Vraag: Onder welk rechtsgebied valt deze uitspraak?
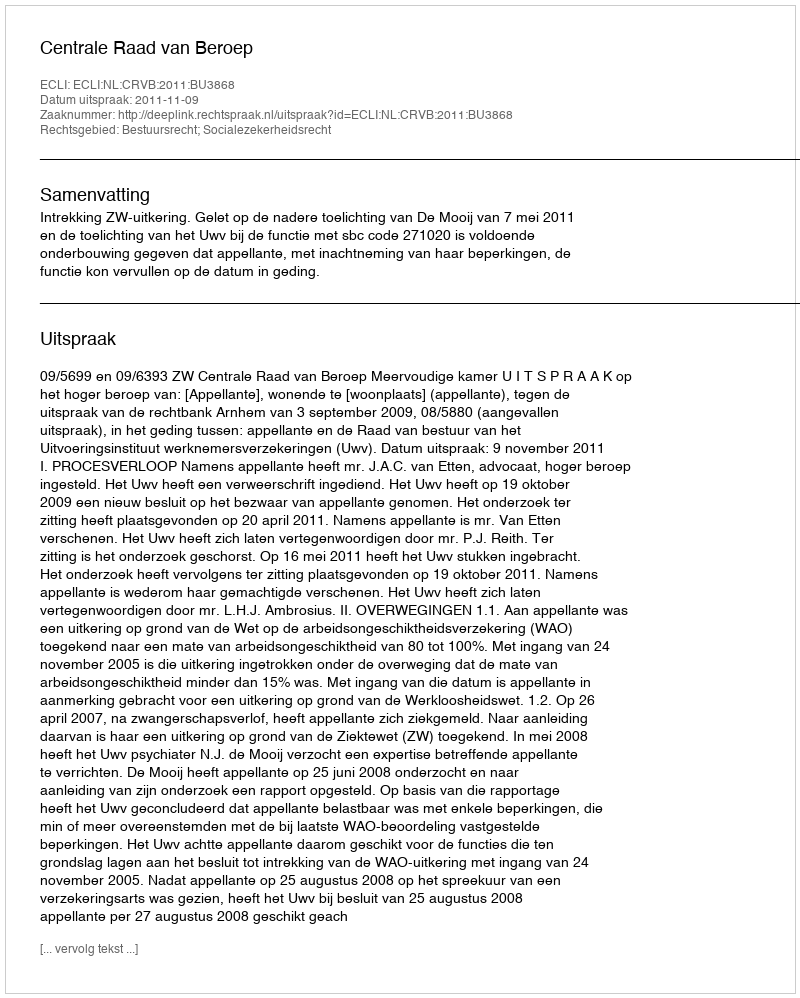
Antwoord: Bestuursrecht; Socialezekerheidsrecht